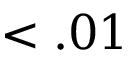
< . 0 1